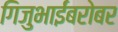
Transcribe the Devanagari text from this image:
गिजुभाईंबरोबर